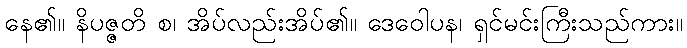
နေ၏။ နိပဇ္ဇတိ စ၊ အိပ်လည်းအိပ်၏။ ဒေဝေါပန၊ ရှင်မင်းကြီးသည်ကား။